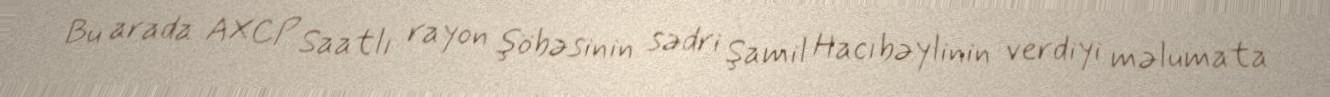
Bu arada AXCP Saatlı rayon şöbəsinin sədri Şamil Hacıbəylinin verdiyi məlumata